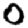
Digit: 0